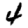
Digit: 4